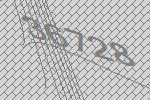
36728